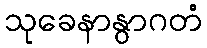
သုခေနာနွာဂတံ